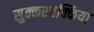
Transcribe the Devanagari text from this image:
सुक्करचक्किया